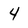
Character: 4